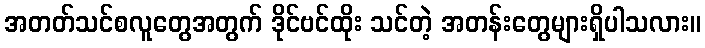
အတတ်သင်စလူတွေအတွက် ဒိုင်ဗင်ထိုး သင်တဲ့ အတန်းတွေများရှိပါသလား။